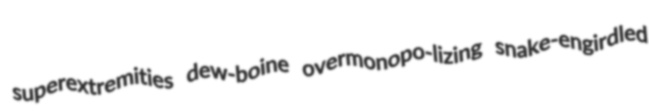
superextremities dew-boine overmonopo-lizing snake-engirdled